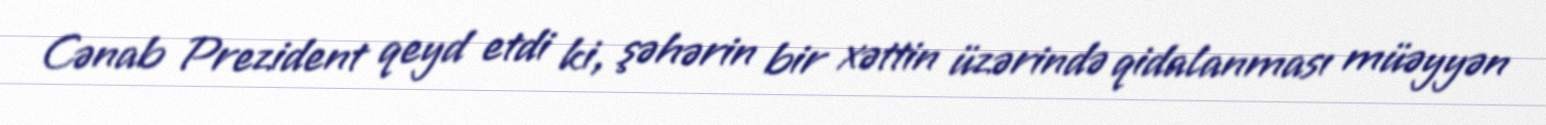
Cənab Prezident qeyd etdi ki, şəhərin bir xəttin üzərində qidalanması müəyyən